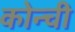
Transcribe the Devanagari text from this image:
कोन्ची